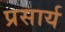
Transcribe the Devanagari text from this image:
प्रसार्य